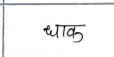
मजकूर: धाक